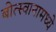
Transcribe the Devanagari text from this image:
बोत्स्वानामध्ये